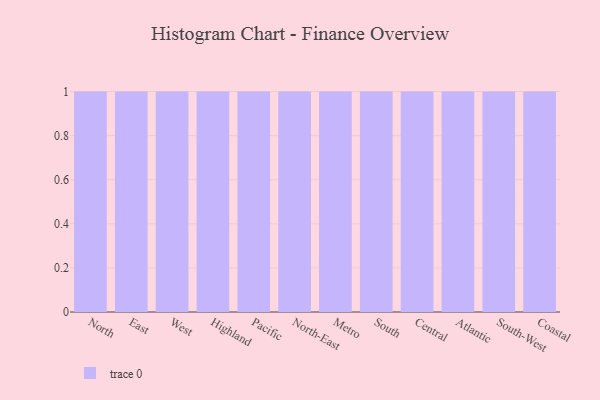
{"axis": {"x": "Region", "y": "Shipments"}, "legend": [""], "data": [{"x": "North", "y": 48, "type": ""}, {"x": "East", "y": 61, "type": ""}, {"x": "West", "y": 15, "type": ""}, {"x": "Highland", "y": 44, "type": ""}, {"x": "Pacific", "y": 22, "type": ""}, {"x": "North-East", "y": 62, "type": ""}, {"x": "Metro", "y": 78, "type": ""}, {"x": "South", "y": 34, "type": ""}, {"x": "Central", "y": 48, "type": ""}, {"x": "Atlantic", "y": 6, "type": ""}, {"x": "South-West", "y": 26, "type": ""}, {"x": "Coastal", "y": 73, "type": ""}]}